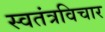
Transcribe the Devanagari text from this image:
स्वतंत्रविचार